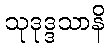
သုဒုဒ္ဒသာနိ